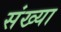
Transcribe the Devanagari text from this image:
संख्या